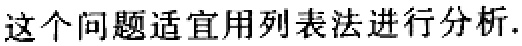
这个问题适宜用列表法进行分析.